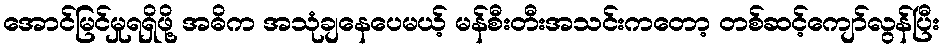
အောင်မြင်မှုရရှိဖို့ အဓိက အသုံချနေပေမယ့် မန်စီးတီးအသင်းကတော့ တစ်ဆင့်ကျော်လွန်ပြီး